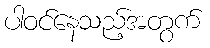
ပါဝင်နေသည့်အတွက်